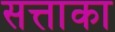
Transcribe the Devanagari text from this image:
सत्ताका